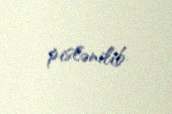
pislənilib.